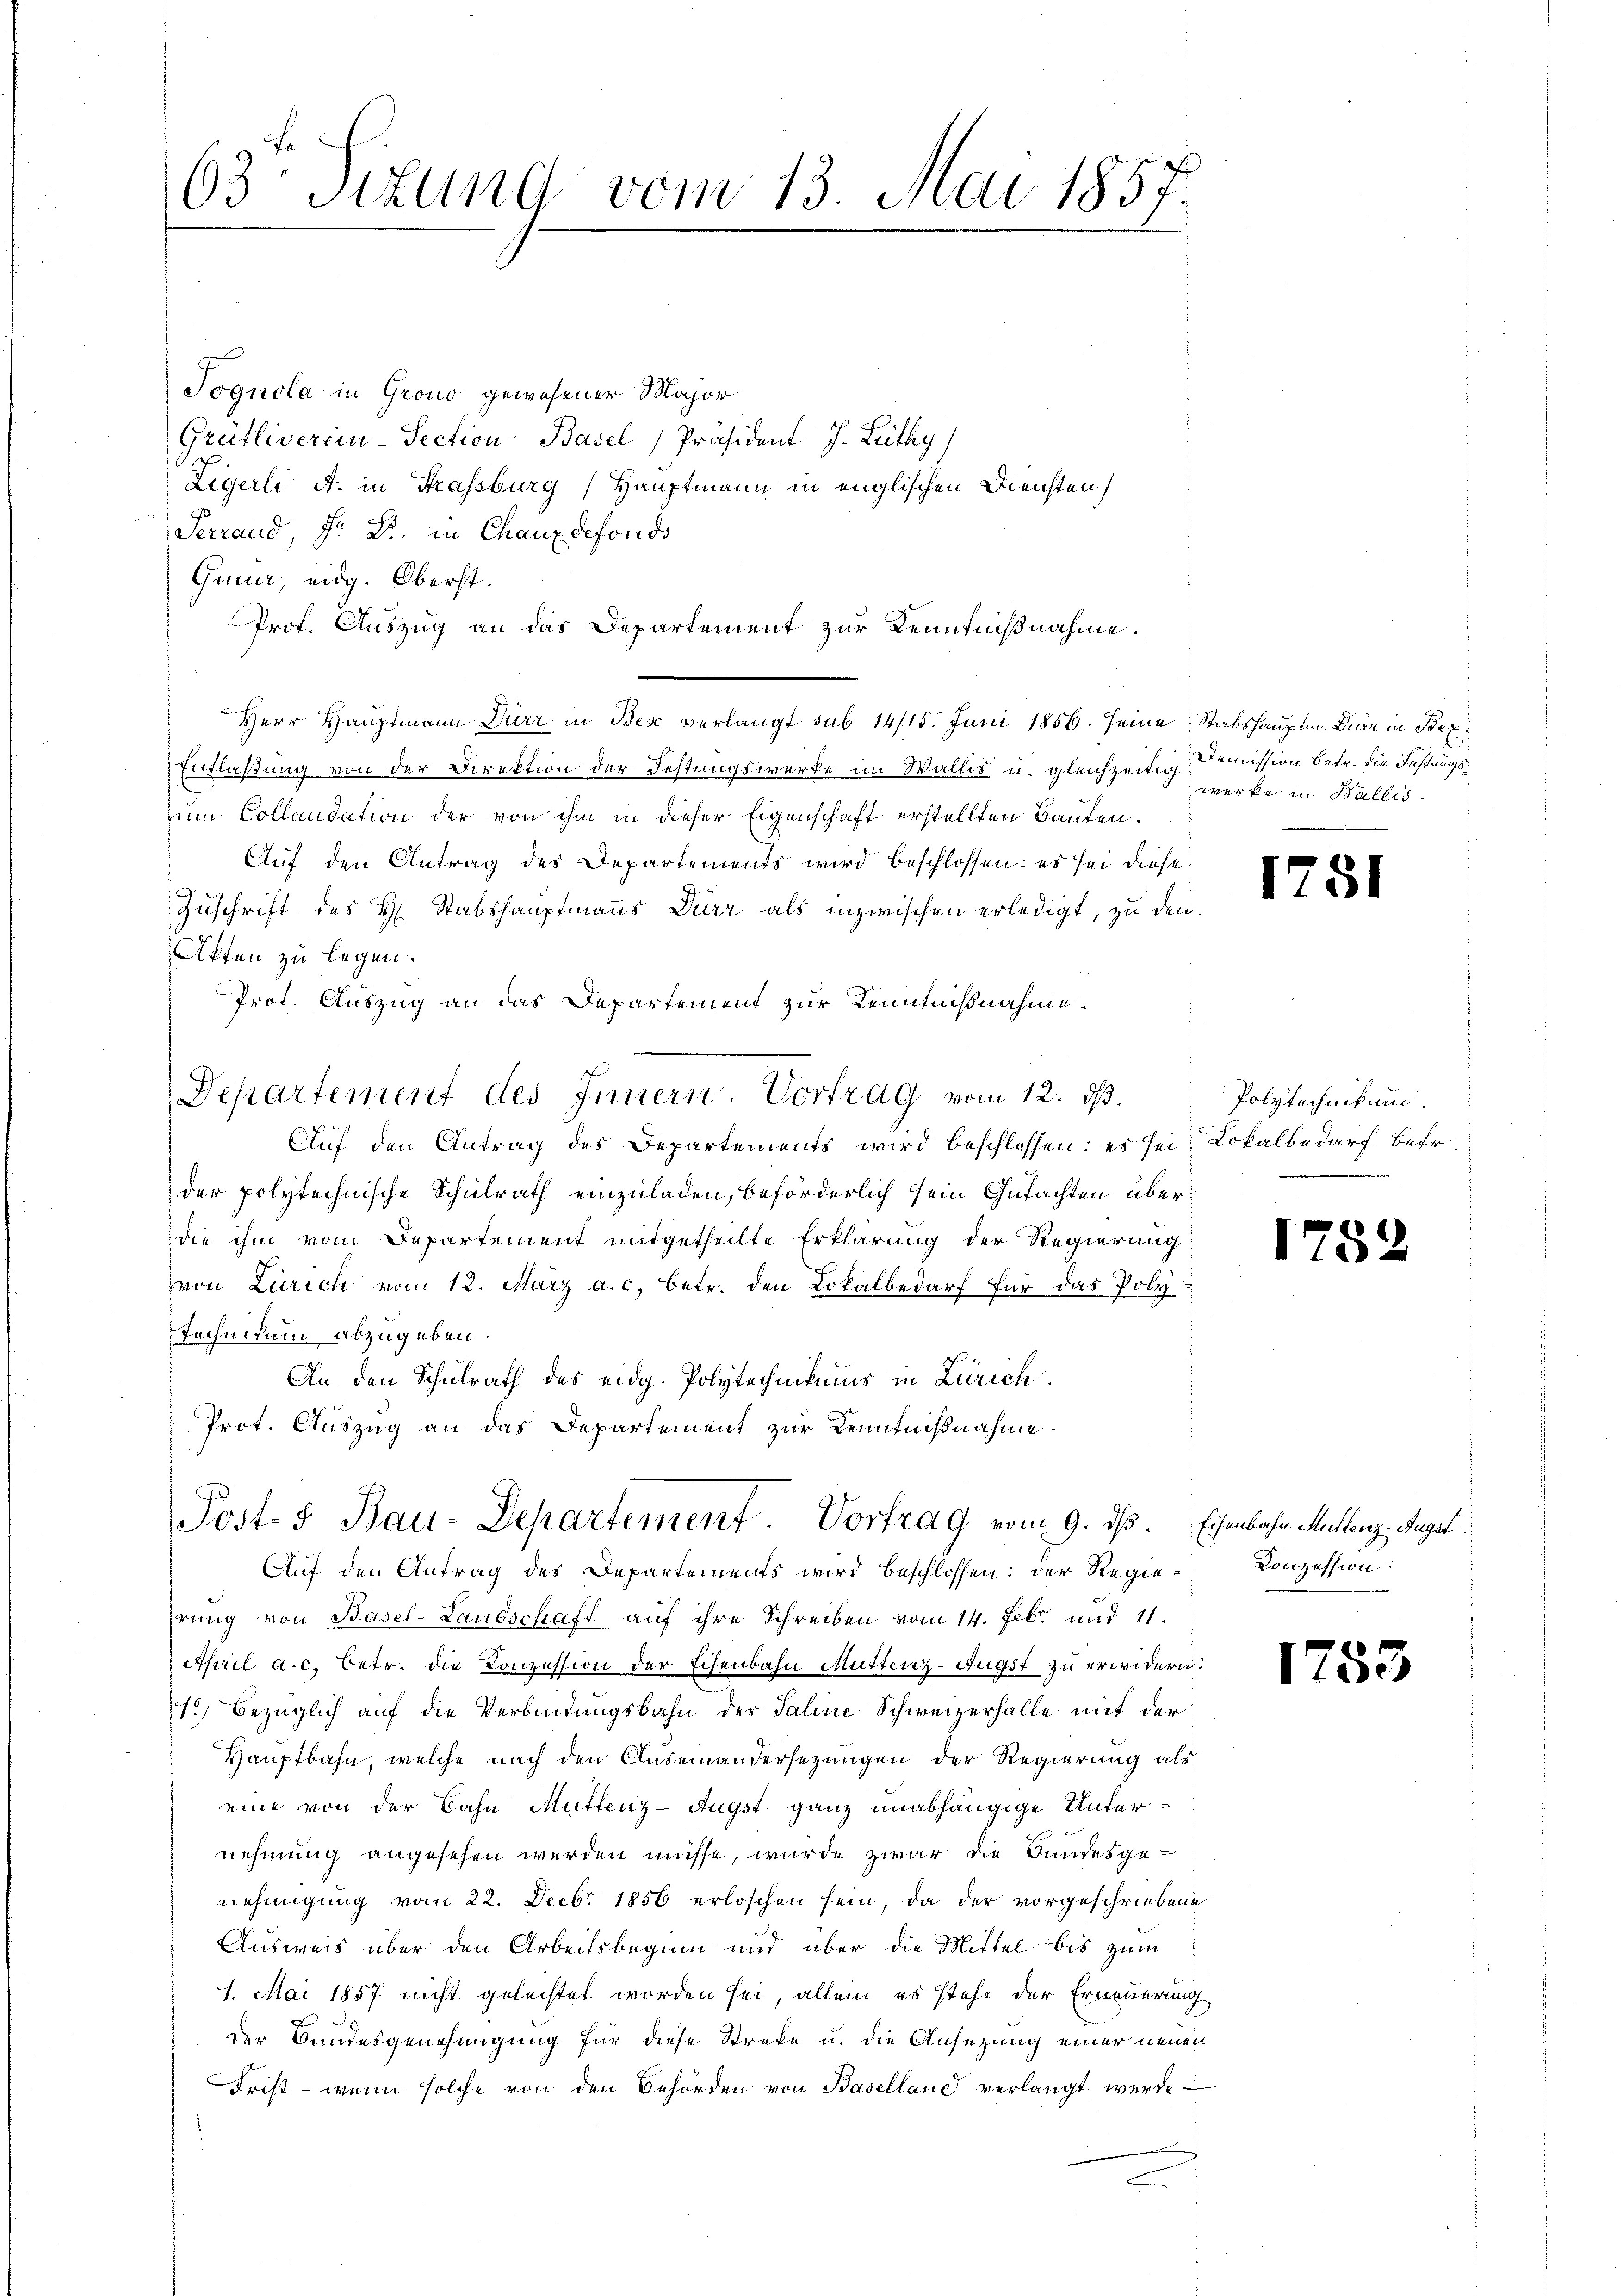
63te Sizung vom 13. Mai 1857.

Sognola in Grono gewesener Major
Grütliverein-Section Basel, Präsident J. Leithy
Zigerli d. in Frassburg, Hauptmann in englischen Diensten
Serrand, Hr. Dr. in Chauxdefonds
Guna, eidg. Oberst.
Prof. Auszug an das Departement zur Kenntnißnahme.
Herr Hauptmann Dürr in Bese verlangt sub 14/15. Juni 1856. seine Stabshauptm. Durr in Bezi
Entlaßung von der Direktion der Festungswerke im Wallis u. gleichzeitig
zum Collandation der von ihm in dieser Eigenschaft erstellten Bauten.
Auf den Antrag des Departements wird beschlossen: es sei diese
Zuschrift des H. Stabshauptmanns Dürr als inzwischen erledigt, zu den
Affen zu legen.
Prot. Auszug an das Departement zur Kenntnißnahme.
Auf den Antrag des Departements wird beschlossen: es sei Lokalbedarf befr
der polytechnische Schulrath einzuladen, beförderlich sein Gutachten überdie ihm vom Departement mitgetheilte Erklärung der Regierung
von Zürich vom 12. März a. c. betr. den Lokalbedarf für das Poly-
Technikum abzugeben.
An den Schulrath des eidg. Polytechnikums in Zürich
Prot. Auszug an das Departement zur Kenntnißnahme.
Post- & Bau-Departement. Vortrag vom 9. ds. Eisenbahn Mittenz. Augst¬
Auf den Antrag des Departements wird beschlossen: der Regierung von Basel-Landschaft auf ihre Schreiben vom 14. Febr. und 11.
April a. c. betr. die Konzession der Eisenbahn Muttenz-Augst zu erwidern:
1.) Bezüglich auf die Verbindungsbahn der Saline Schweizerhalle mit der
Hauptbahn, welche nach den Auseinandersezungen der Regierung als
eine von der Bahn Muttenz-Augst ganz unabhängige Unternehmung angesehen werden müsse, wurde zwar die Landesgenehmigung vom 22. Decbr 1856 erloschen sein, da der vorgeschriebene
Ausweis über den Arbeitsbeginn und über die Mittel bis zum
1. Mai 1857 nicht gelechtet worden sei, allein es stehe der Erneuerung
der Bundesgenehmigung für diese Streke u. die Ansezung einer neuen
Frist - wenn solche von den Behörden von Baselland verlangt werde

Departement des Innern. Vortrag vom 12. ds.

Demission betr. die Festungswerke in Wallis.

1751

Polytechnikum.

1752

Konzession:

1753